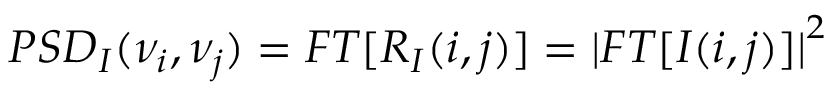
P S D _ { I } ( \nu _ { i } , \nu _ { j } ) = F T [ R _ { I } ( i , j ) ] = { | F T [ I ( i , j ) ] | } ^ { 2 }